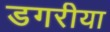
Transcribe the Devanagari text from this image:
डगरीया